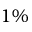
1 \%